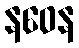
နဝေန